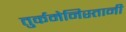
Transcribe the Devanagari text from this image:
तुर्कमेनिस्तानी